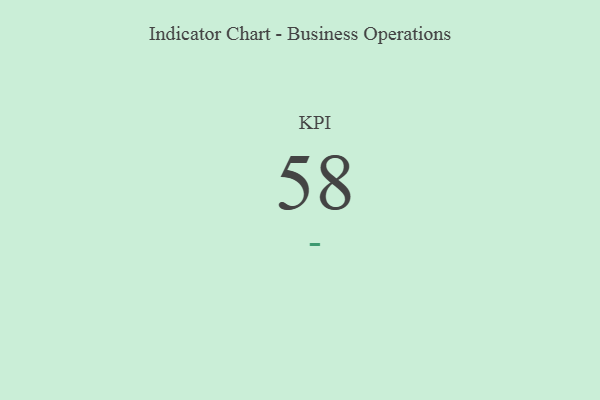
{"axis": {"x": "KPI", "y": "Value"}, "legend": [""], "data": [{"x": "KPI", "y": 58, "type": ""}]}